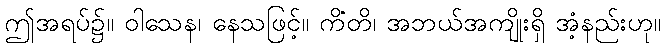
ဤအရပ်၌။ ဝါသေန၊ နေသဖြင့်။ ကိံတိ၊ အဘယ်အကျိုးရှိ အံ့နည်းဟု။